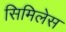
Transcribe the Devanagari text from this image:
सिमिलेस